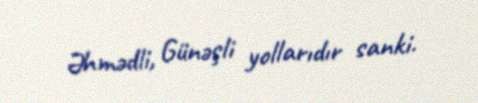
Əhmədli, Günəşli yollarıdır sanki.